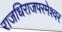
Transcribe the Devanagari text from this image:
राजधिराजपरमेश्वर